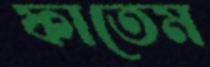
ফাতেম